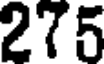
275